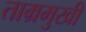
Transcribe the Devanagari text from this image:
ताम्रमुखी